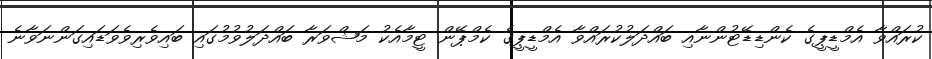
ކުރައްވާ އެމްޑީޕީގެ ކެންޑިޑޭޓުންނާއި ބައްދަލުކުރައްވާ އެމްޑީޕީގެ ކެމްޕޭން ޓީމާއެކު މަޝްވަރާ ބައްދަލުވުމުގައި ބައިވެރިވެވަޑައިގަންނަވާނެ